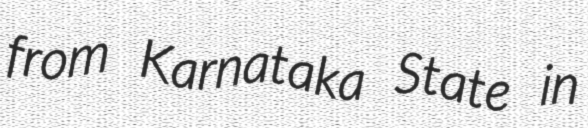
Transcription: from Karnataka State in